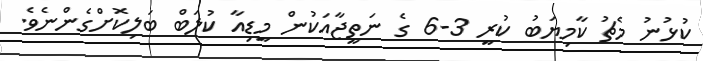
ކުޅުނު މެޗު ކާމިޔަބު ކުރީ 3-6 ގެ ނަތީޖާއަކުން މީޑިއާ ކުލަބް ބަލިކޮށްގެންނެވެ.